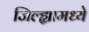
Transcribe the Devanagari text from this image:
जिल्‍ह्यामध्‍ये